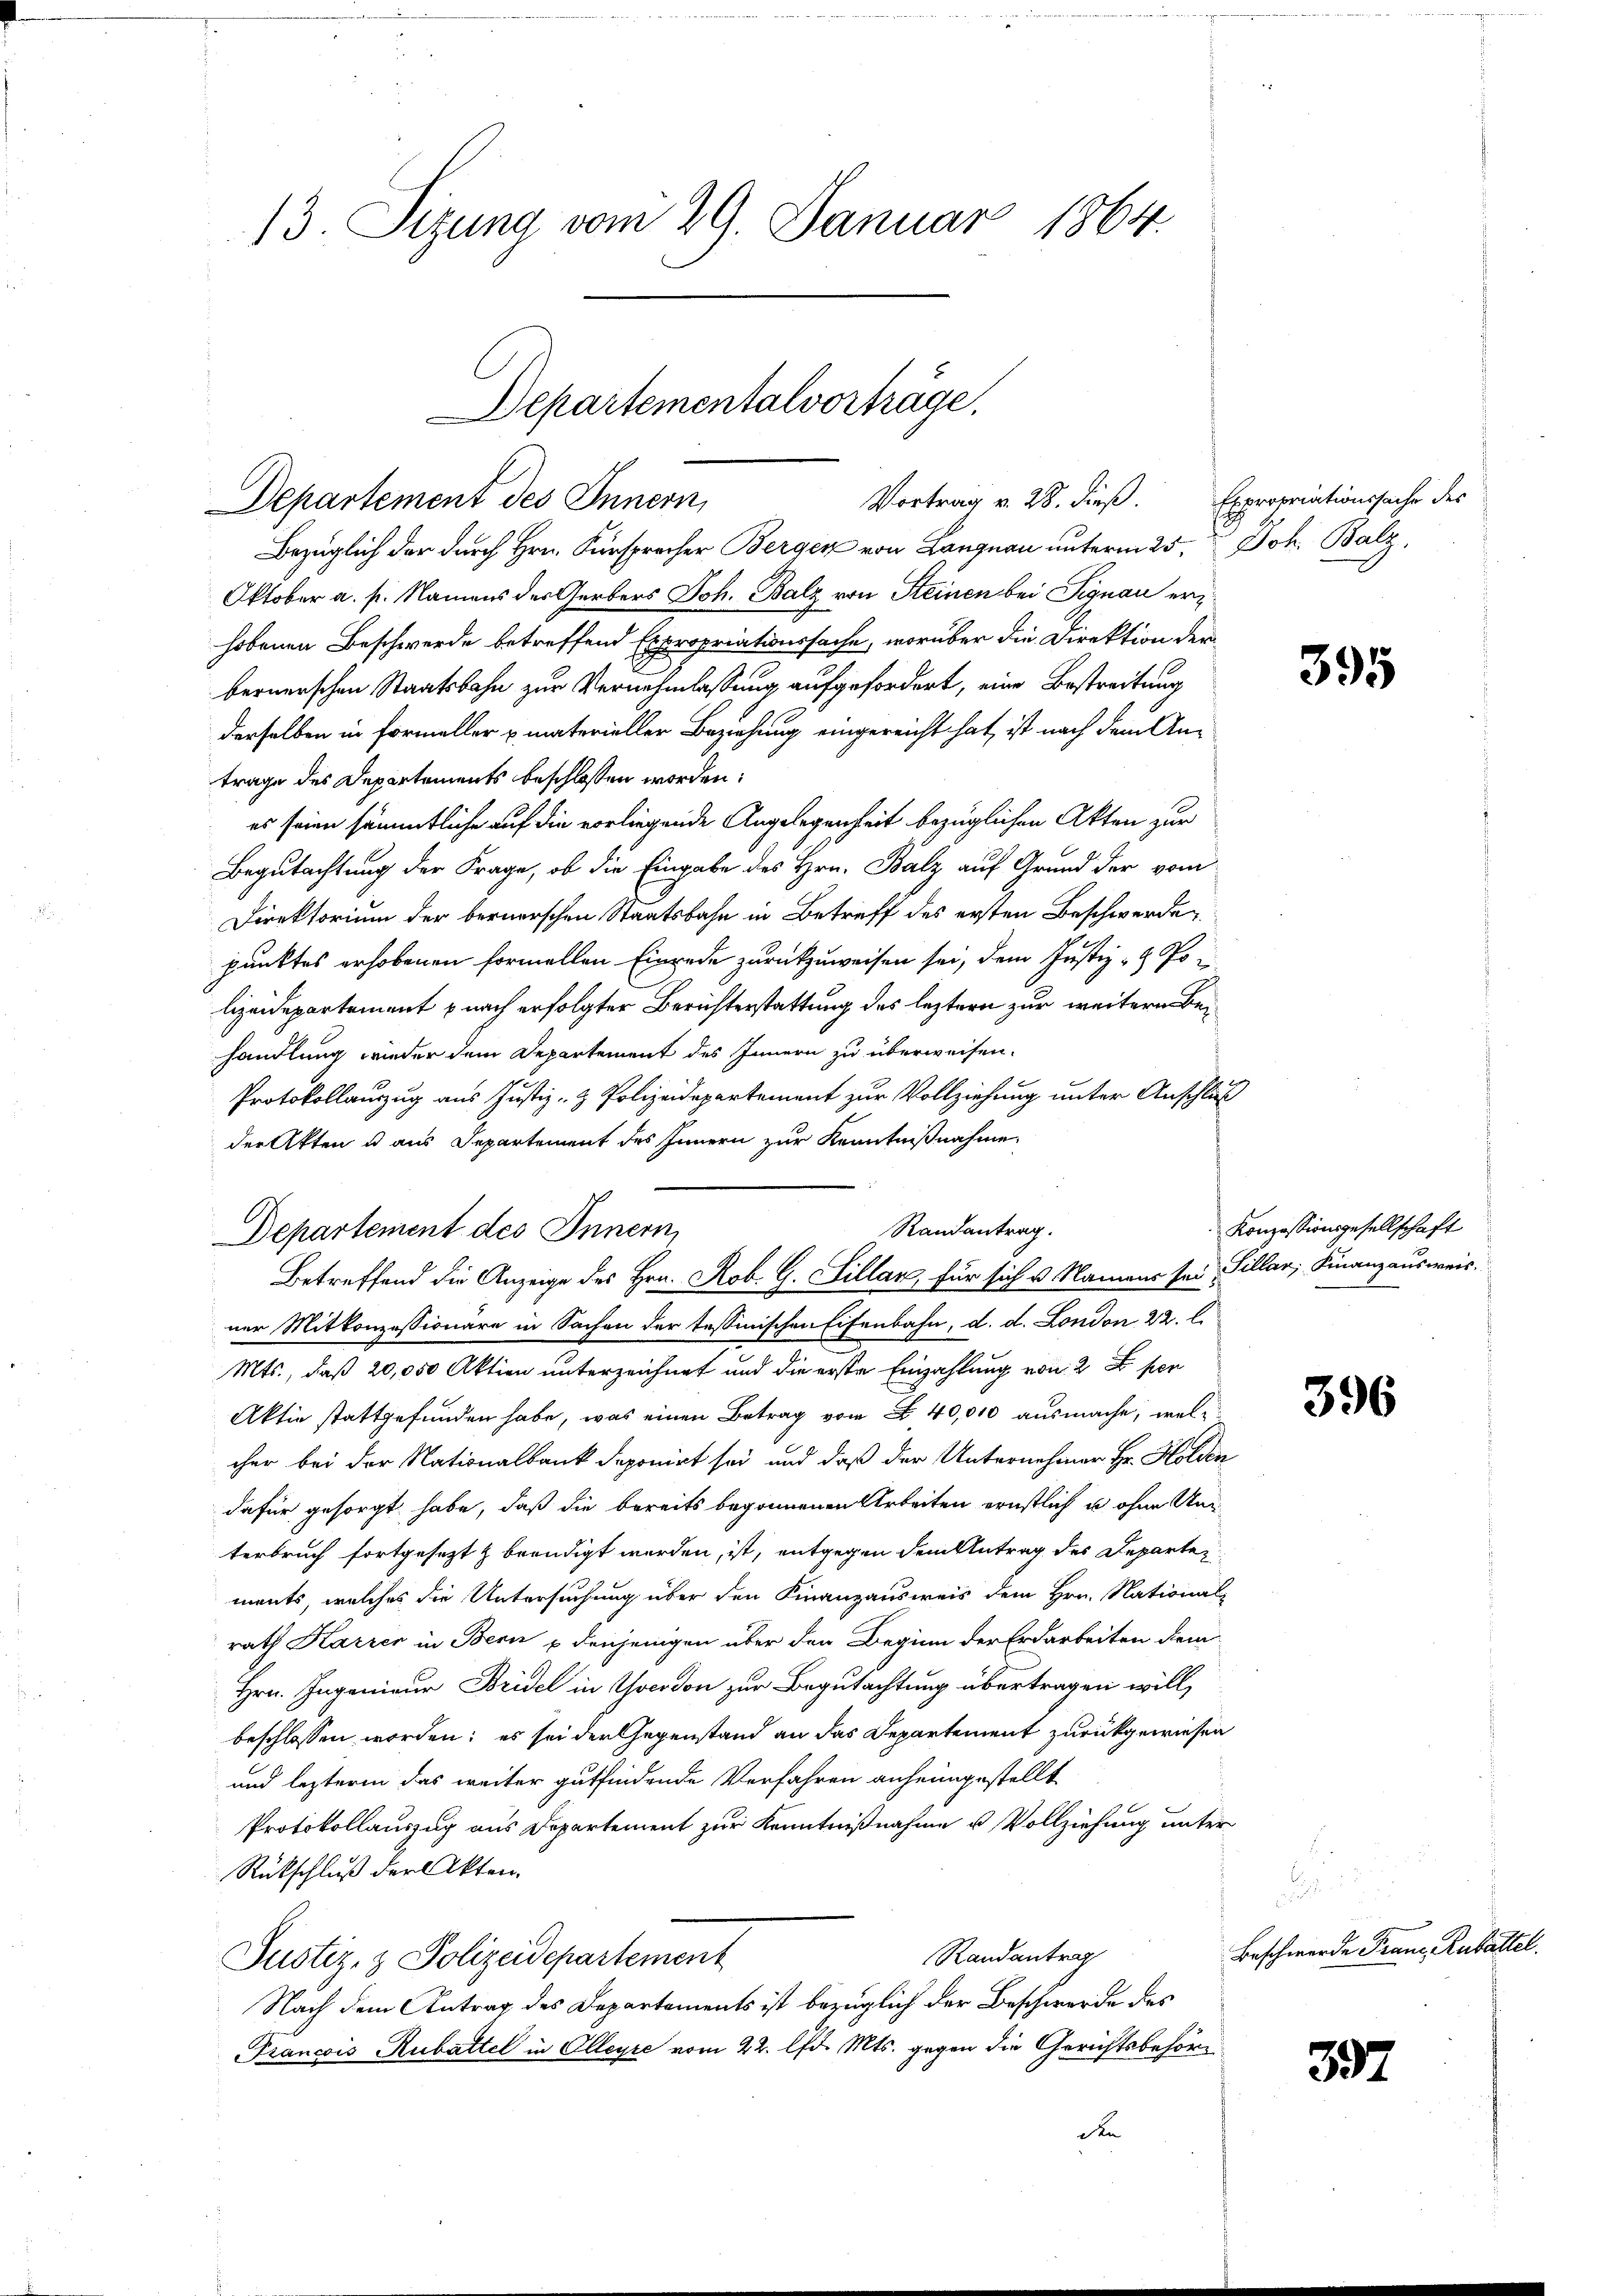
13. Sizung vom 29. Januar 1864.

Departementalvorträge,
Vortrag v. 28. dieß. Expropriationssache des
Departement des Innern,

Bezüglich der durch Hrn. Fürsprocher Berger von Langnau unterm 25. Joh. Balz,
Oktober a. p. Namens der Gerbers Joh. Balz von Steinen bei Signau erhobenen Beschwerde betreffend Expropriationssache, worüber die Direktion der
bernerschen Staatsbahn zur Vernehmlassung aufgefordert, eine Bestreitung
derselben in Formeller u. materieller Beziehung eingereicht hat, ist nach dem Antrage des Departements beschlossen worden:
es seien sämmtliche auf die vorliegende Angelegenheit bezüglichen Akten zur
Begutachtung der Frage, ob die Eingabe des Hrn. Balz auf Grund der vom
Direktorium der bernerschen Staatsbahn in Betreff des ersten Beschwerde
punktes erhobenen formellen Einrede zurückzuweisen sei, dem Justiz- & Polizeidepartement nach erfolgter Berichterstattung des leztern zur weitere Behandlung wieder dem Departement des Innern zu überweisen.
Protokollauszug aus Justiz- & Polizeidepartement zur Vollziehung unter Anschluß
der Akten u aus Departement des Innern zur Kenntnißnahme
Departement des Innern,
Betreffend die Anzeige des Hrn. Rob. G. Sillar für sich v. Namens sei Sillar, Finanzausweis.
ner Mitkonzessionäre in Sachen der tessinischen Eisenbahn, d. d. London 22. l.
Mts., daß 20,000 Aktien unterzeichnet und die erste Einzahlung von 2 Fr. per
Aktie stattgefunden habe, was einen Betrag von 40,000 ausmache, welcher bei der Nationalbank deponirt sei und daß der Unternehmer Hr. Holden
dafür gesorgt habe, daß die bereits begonnenen Arbeiten ernstlich u. ohne Unterbruch fortgesezt & beendigt werden, ist, entgegen dem Antrag des Departen
ments, welches die Untersuchung über den Finanzausweis dem Hrn. National-
rath Karrer in Bern u denjenigen über den Beginn der Erdarbeiten dem
Hrn. Ingenieur Bridel in Yocodon zur Begutachtung übertragen will,
beschlossen worden; es sei der Gegenstand an das Departement zurückgewiesen
und leztere das weiter gutfindende Verfahren anheimgestellt
Protokollauszug aus Departement zur Kenntnißnahme u. Vollziehung unter
Rückschluß der Akten.
Randantrag
Justiz- & Polizeidepartement
Nach dem Antrag des Departements ist bezüglich der Beschwerde des
Francois Rubattel in Olleyre vom 22. lfd. Mts. gegen die Gerichtsbehöre
den

Randantrag.

395

Konzessionsgesellschaft

396

s
Beschwerde Franz, Rubattel.

397